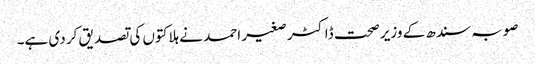
صوبہ سندھ کے وزیر صحت ڈاکٹر صغیر احمد نے ہلاکتوں کی تصدیق کر دی ہے۔